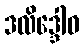
ဒလိဒ္ဒေါဝ